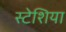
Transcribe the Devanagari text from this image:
स्टेशिया